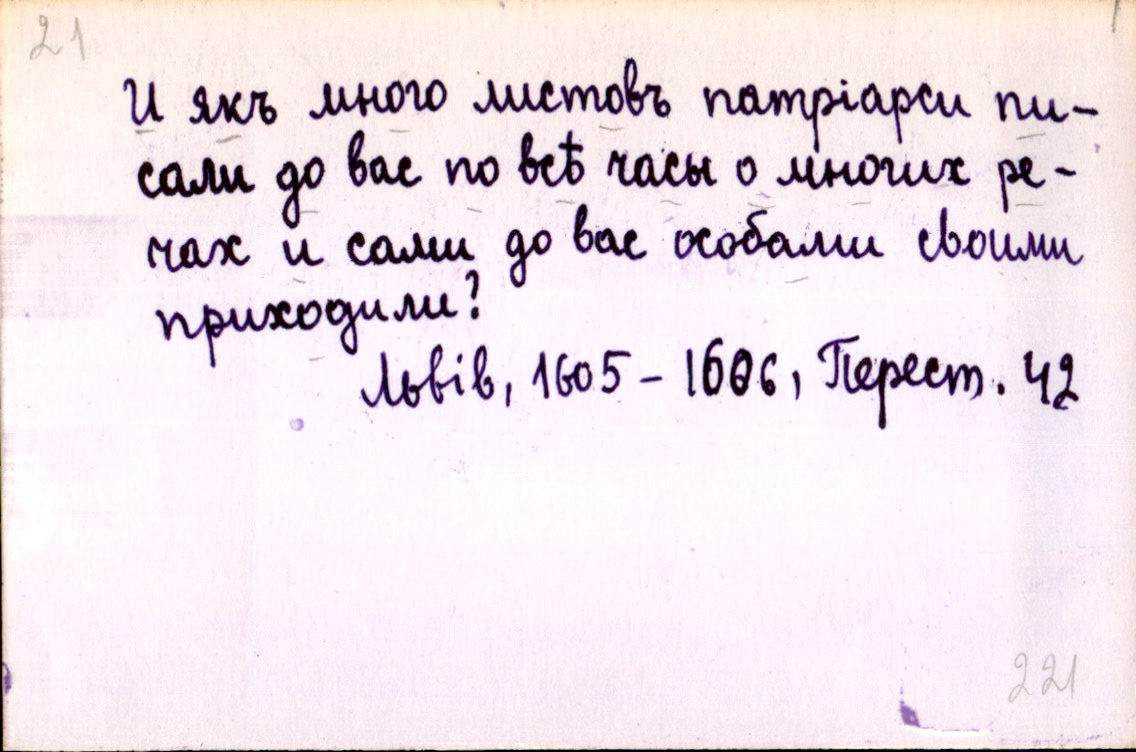
И якъ много листовъ патріарси пи-
сали до вас по всѣ часы о многих ре-
чах и сами до вас особами своими
приходили?
Львів, 1605-1606, Перест. 42